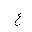
Letter: _ayn